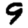
Digit: 9